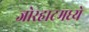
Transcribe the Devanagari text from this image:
जोरहाटमध्ये